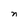
Character: n